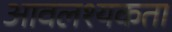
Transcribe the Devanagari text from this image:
आवलश्यकता